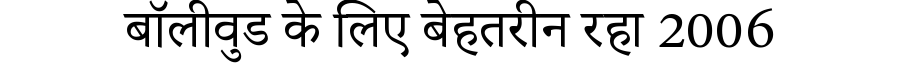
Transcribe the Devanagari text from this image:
बॉलीवुड के लिए बेहतरीन रहा 2006